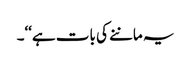
یہ ماننے کی بات ہے‘‘۔